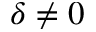
\delta \neq 0